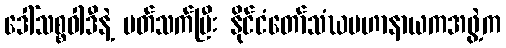
ဒေါ်သစ္စဝါဒီနဲ့ ပတ်သက်ပြီး နိုင်ငံတော်သံဃမဟာနာယကအဖွဲ့က